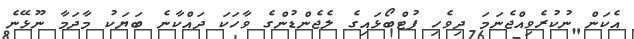
އެކަން ނުކުރެވިއްޖެނަމަ ދިވެހި ފުޓްބޯޅައިގެ ލެޖެންޑުންގެ ވާހަކަ ދައްކާނެ ބަޔަކު މާދަމާ ނޫޅޭނެ